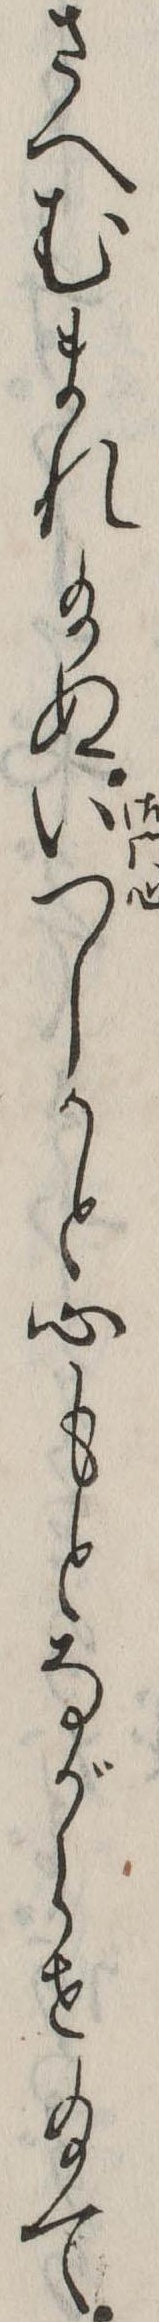
さへむまれ給ぬいつしかと心もとながらせ給て